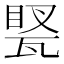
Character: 𤭲